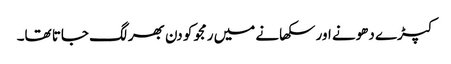
کپڑے دھونے اور سکھانے میں رمجو کو دن بھر لگ جاتا تھا۔